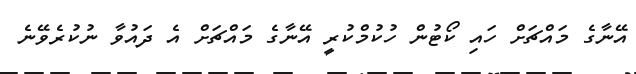
އޭނާގެ މައްޗަށް ހައި ކޯޓުން ހުކުމްކުރީ އޭނާގެ މައްޗަށް އެ ދައުވާ ނުކުރެވޭނެ